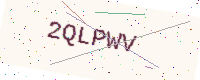
Text: 2QLPWV